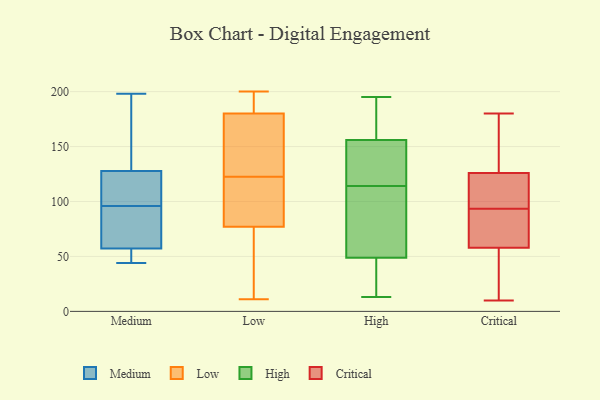
{"axis": {"x": "Energy Usage (MWh)", "y": "Value"}, "legend": ["Critical", "High", "Low", "Medium"], "data": [{"x": "", "y": 49, "type": "Medium"}, {"x": "", "y": 75, "type": "Medium"}, {"x": "", "y": 120, "type": "Medium"}, {"x": "", "y": 121, "type": "Medium"}, {"x": "", "y": 47, "type": "Medium"}, {"x": "", "y": 57, "type": "Medium"}, {"x": "", "y": 130, "type": "Medium"}, {"x": "", "y": 96, "type": "Medium"}, {"x": "", "y": 67, "type": "Medium"}, {"x": "", "y": 99, "type": "Medium"}, {"x": "", "y": 198, "type": "Medium"}, {"x": "", "y": 58, "type": "Medium"}, {"x": "", "y": 184, "type": "Medium"}, {"x": "", "y": 44, "type": "Medium"}, {"x": "", "y": 198, "type": "Medium"}, {"x": "", "y": 77, "type": "Low"}, {"x": "", "y": 174, "type": "Low"}, {"x": "", "y": 11, "type": "Low"}, {"x": "", "y": 180, "type": "Low"}, {"x": "", "y": 29, "type": "Low"}, {"x": "", "y": 182, "type": "Low"}, {"x": "", "y": 200, "type": "Low"}, {"x": "", "y": 180, "type": "Low"}, {"x": "", "y": 116, "type": "Low"}, {"x": "", "y": 139, "type": "Low"}, {"x": "", "y": 129, "type": "Low"}, {"x": "", "y": 79, "type": "Low"}, {"x": "", "y": 14, "type": "Low"}, {"x": "", "y": 102, "type": "Low"}, {"x": "", "y": 122, "type": "High"}, {"x": "", "y": 46, "type": "High"}, {"x": "", "y": 90, "type": "High"}, {"x": "", "y": 33, "type": "High"}, {"x": "", "y": 79, "type": "High"}, {"x": "", "y": 38, "type": "High"}, {"x": "", "y": 195, "type": "High"}, {"x": "", "y": 157, "type": "High"}, {"x": "", "y": 114, "type": "High"}, {"x": "", "y": 41, "type": "High"}, {"x": "", "y": 183, "type": "High"}, {"x": "", "y": 140, "type": "High"}, {"x": "", "y": 109, "type": "High"}, {"x": "", "y": 153, "type": "High"}, {"x": "", "y": 160, "type": "High"}, {"x": "", "y": 57, "type": "High"}, {"x": "", "y": 13, "type": "High"}, {"x": "", "y": 144, "type": "High"}, {"x": "", "y": 193, "type": "High"}, {"x": "", "y": 180, "type": "Critical"}, {"x": "", "y": 54, "type": "Critical"}, {"x": "", "y": 27, "type": "Critical"}, {"x": "", "y": 112, "type": "Critical"}, {"x": "", "y": 129, "type": "Critical"}, {"x": "", "y": 111, "type": "Critical"}, {"x": "", "y": 62, "type": "Critical"}, {"x": "", "y": 146, "type": "Critical"}, {"x": "", "y": 95, "type": "Critical"}, {"x": "", "y": 92, "type": "Critical"}, {"x": "", "y": 68, "type": "Critical"}, {"x": "", "y": 123, "type": "Critical"}, {"x": "", "y": 10, "type": "Critical"}, {"x": "", "y": 26, "type": "Critical"}, {"x": "", "y": 80, "type": "Critical"}, {"x": "", "y": 140, "type": "Critical"}]}